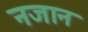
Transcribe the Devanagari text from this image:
नजान